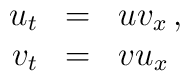
\begin{array}{rcl}u_t & = & u v_x \,, \\v_t & = & v u_x\end{array}